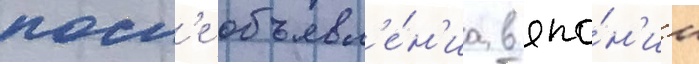
посл'е объявл'е́н'иа в япо́н'ии